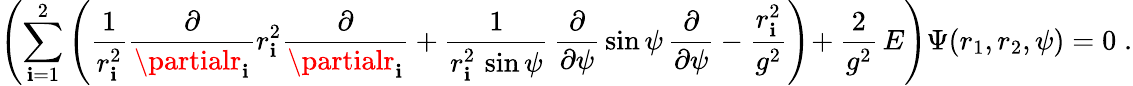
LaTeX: \left(\sum_{\mathbf{i}=1}^{2}\left(\frac{{1}}{{r_{\mathbf{i}}^{2}}}\frac{{\partial}}{{\partialr_{\mathbf{i}}}}r_{\mathbf{i}}^{2}\frac{{\partial}}{{\partialr_{\mathbf{i}}}}+\frac{{1}}{{r_{\mathbf{i}}^{2}\, \sin\psi}}\, \frac{{\partial}}{{\partial\psi}}\, \sin\psi\, \frac{{\partial}}{{\partial\psi}}-\frac{{r_{\mathbf{i}}^{2}}}{{g^{2}}}\right)\! +\frac{{2}}{{g^{2}}}\, E\right)\Psi(r_{1},r_{2},\psi)=0\; .